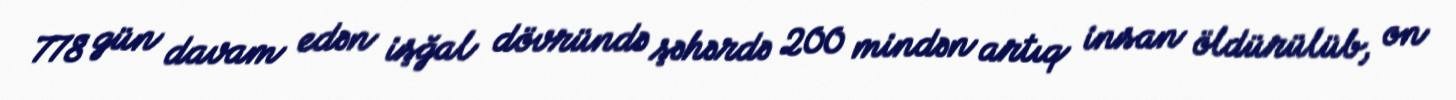
778 gün davam edən işğal dövründə şəhərdə 200 mindən artıq insan öldürülüb, on